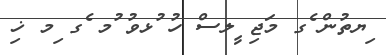
ިޔތުން ެގ މަޖި ީލސް ހު ުޅވު ުމ ެގ ިމ ޚި